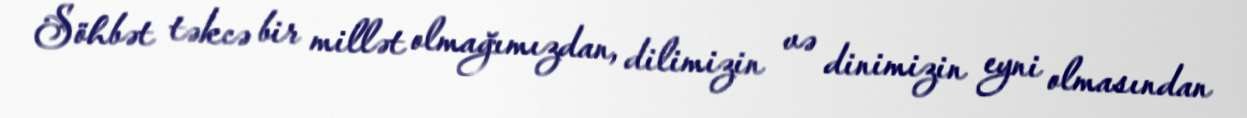
Söhbət təkcə bir millət olmağımızdan, dilimizin və dinimizin eyni olmasından